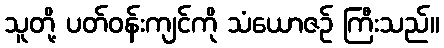
သူတို့ ပတ်ဝန်းကျင်ကို သံယောဇဉ် ကြီးသည်။